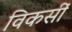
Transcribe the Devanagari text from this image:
विकसीं